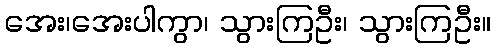
အေး၊အေးပါကွာ၊ သွားကြဦး၊ သွားကြဦး။